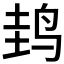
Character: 𱉤